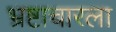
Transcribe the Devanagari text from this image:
भ्रष्टाचारला